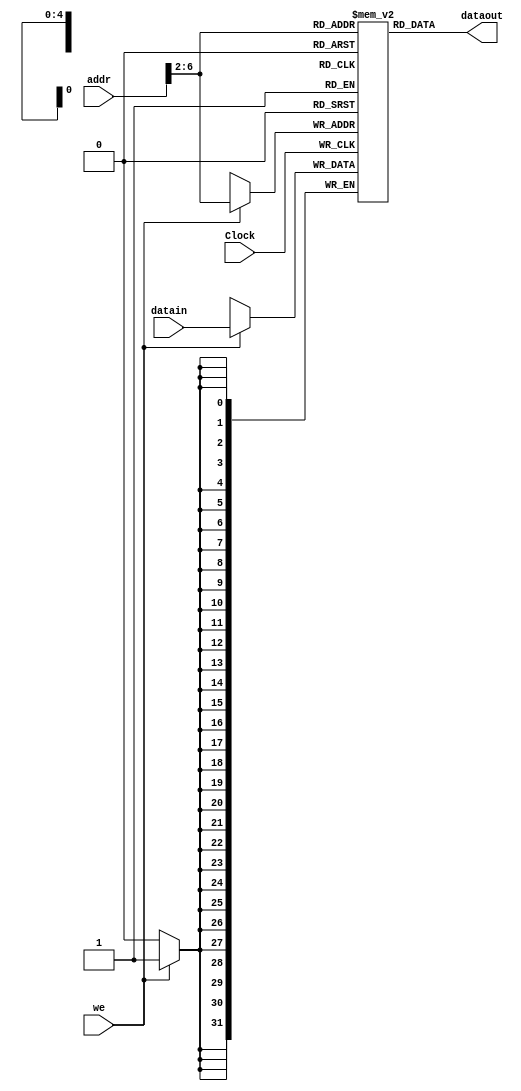
`timescale 1ns / 1ps
//////////////////////////////////////////////////////////////////////////////////
// Company: 
// Engineer: 
// 
// Design Name: 
// Module Name:    Data_mem 
// Project Name: 
// Target Devices: 
// Tool versions: 
// Description: 
//
// Dependencies: 
//
// Revision: 
// Revision 0.01 - File Created
// Additional Comments: 
//
//////////////////////////////////////////////////////////////////////////////////
module Data_mem(Clock,addr,datain,we,dataout);
    input        Clock;
    input [31:0] addr;
    input [31:0] datain;
    input        we;
    output[31:0] dataout;
    
	reg [31:0] ram [0:31];
	
	assign dataout = ram[addr[6:2]];
	
	always @ (posedge Clock) begin
			if (we) ram[addr[6:2]] = datain;
	end

	integer i;
	
	initial begin
			for ( i = 0 ; i <= 31 ; i = i + 1) ram [i] = 0;//i*i
	end		
	
endmodule